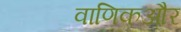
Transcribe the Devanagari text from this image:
वाणिकऔर